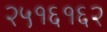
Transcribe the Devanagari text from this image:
२५१६१६२